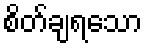
စိတ်ချရသော